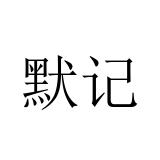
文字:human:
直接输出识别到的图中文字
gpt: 默记